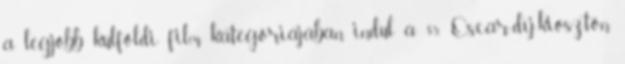
a legjobb külföldi film kategóriájában indul a 85. Oscar-díj-kiosztón.